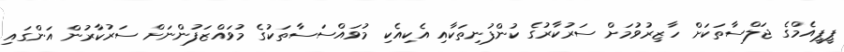
ޕީޕީއެމްގެ ޖަލްސާތަކަށް ހާޒިރުވުމަށް ސަރުކާރުގެ ކުންފުނިތަކާއި އެކިއެކި މުވައްސަސާތަކުގެ މުވައްޒަފުންނަށް ސަރުކާރުން އަންގައި